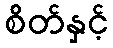
စိတ်နှင့်